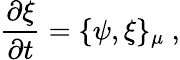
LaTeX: \frac{\partial\xi}{\partial t}=\{ \psi,\xi\} _{\mu}\ ,